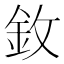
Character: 𫒋